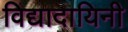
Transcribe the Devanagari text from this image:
विद्यादायिनी